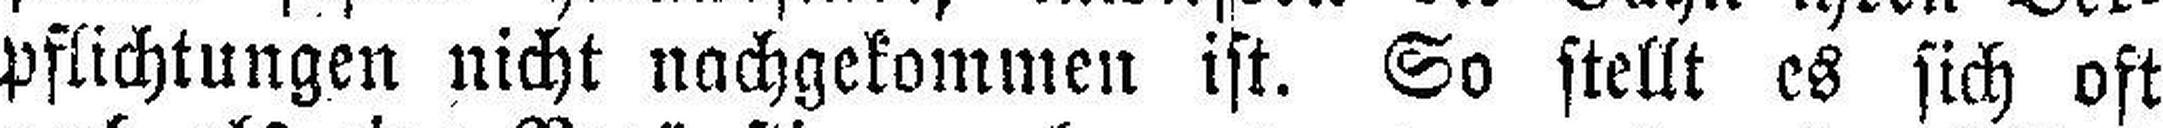
pflichtungen nicht nachgekommen ist. So stellt es sich oft